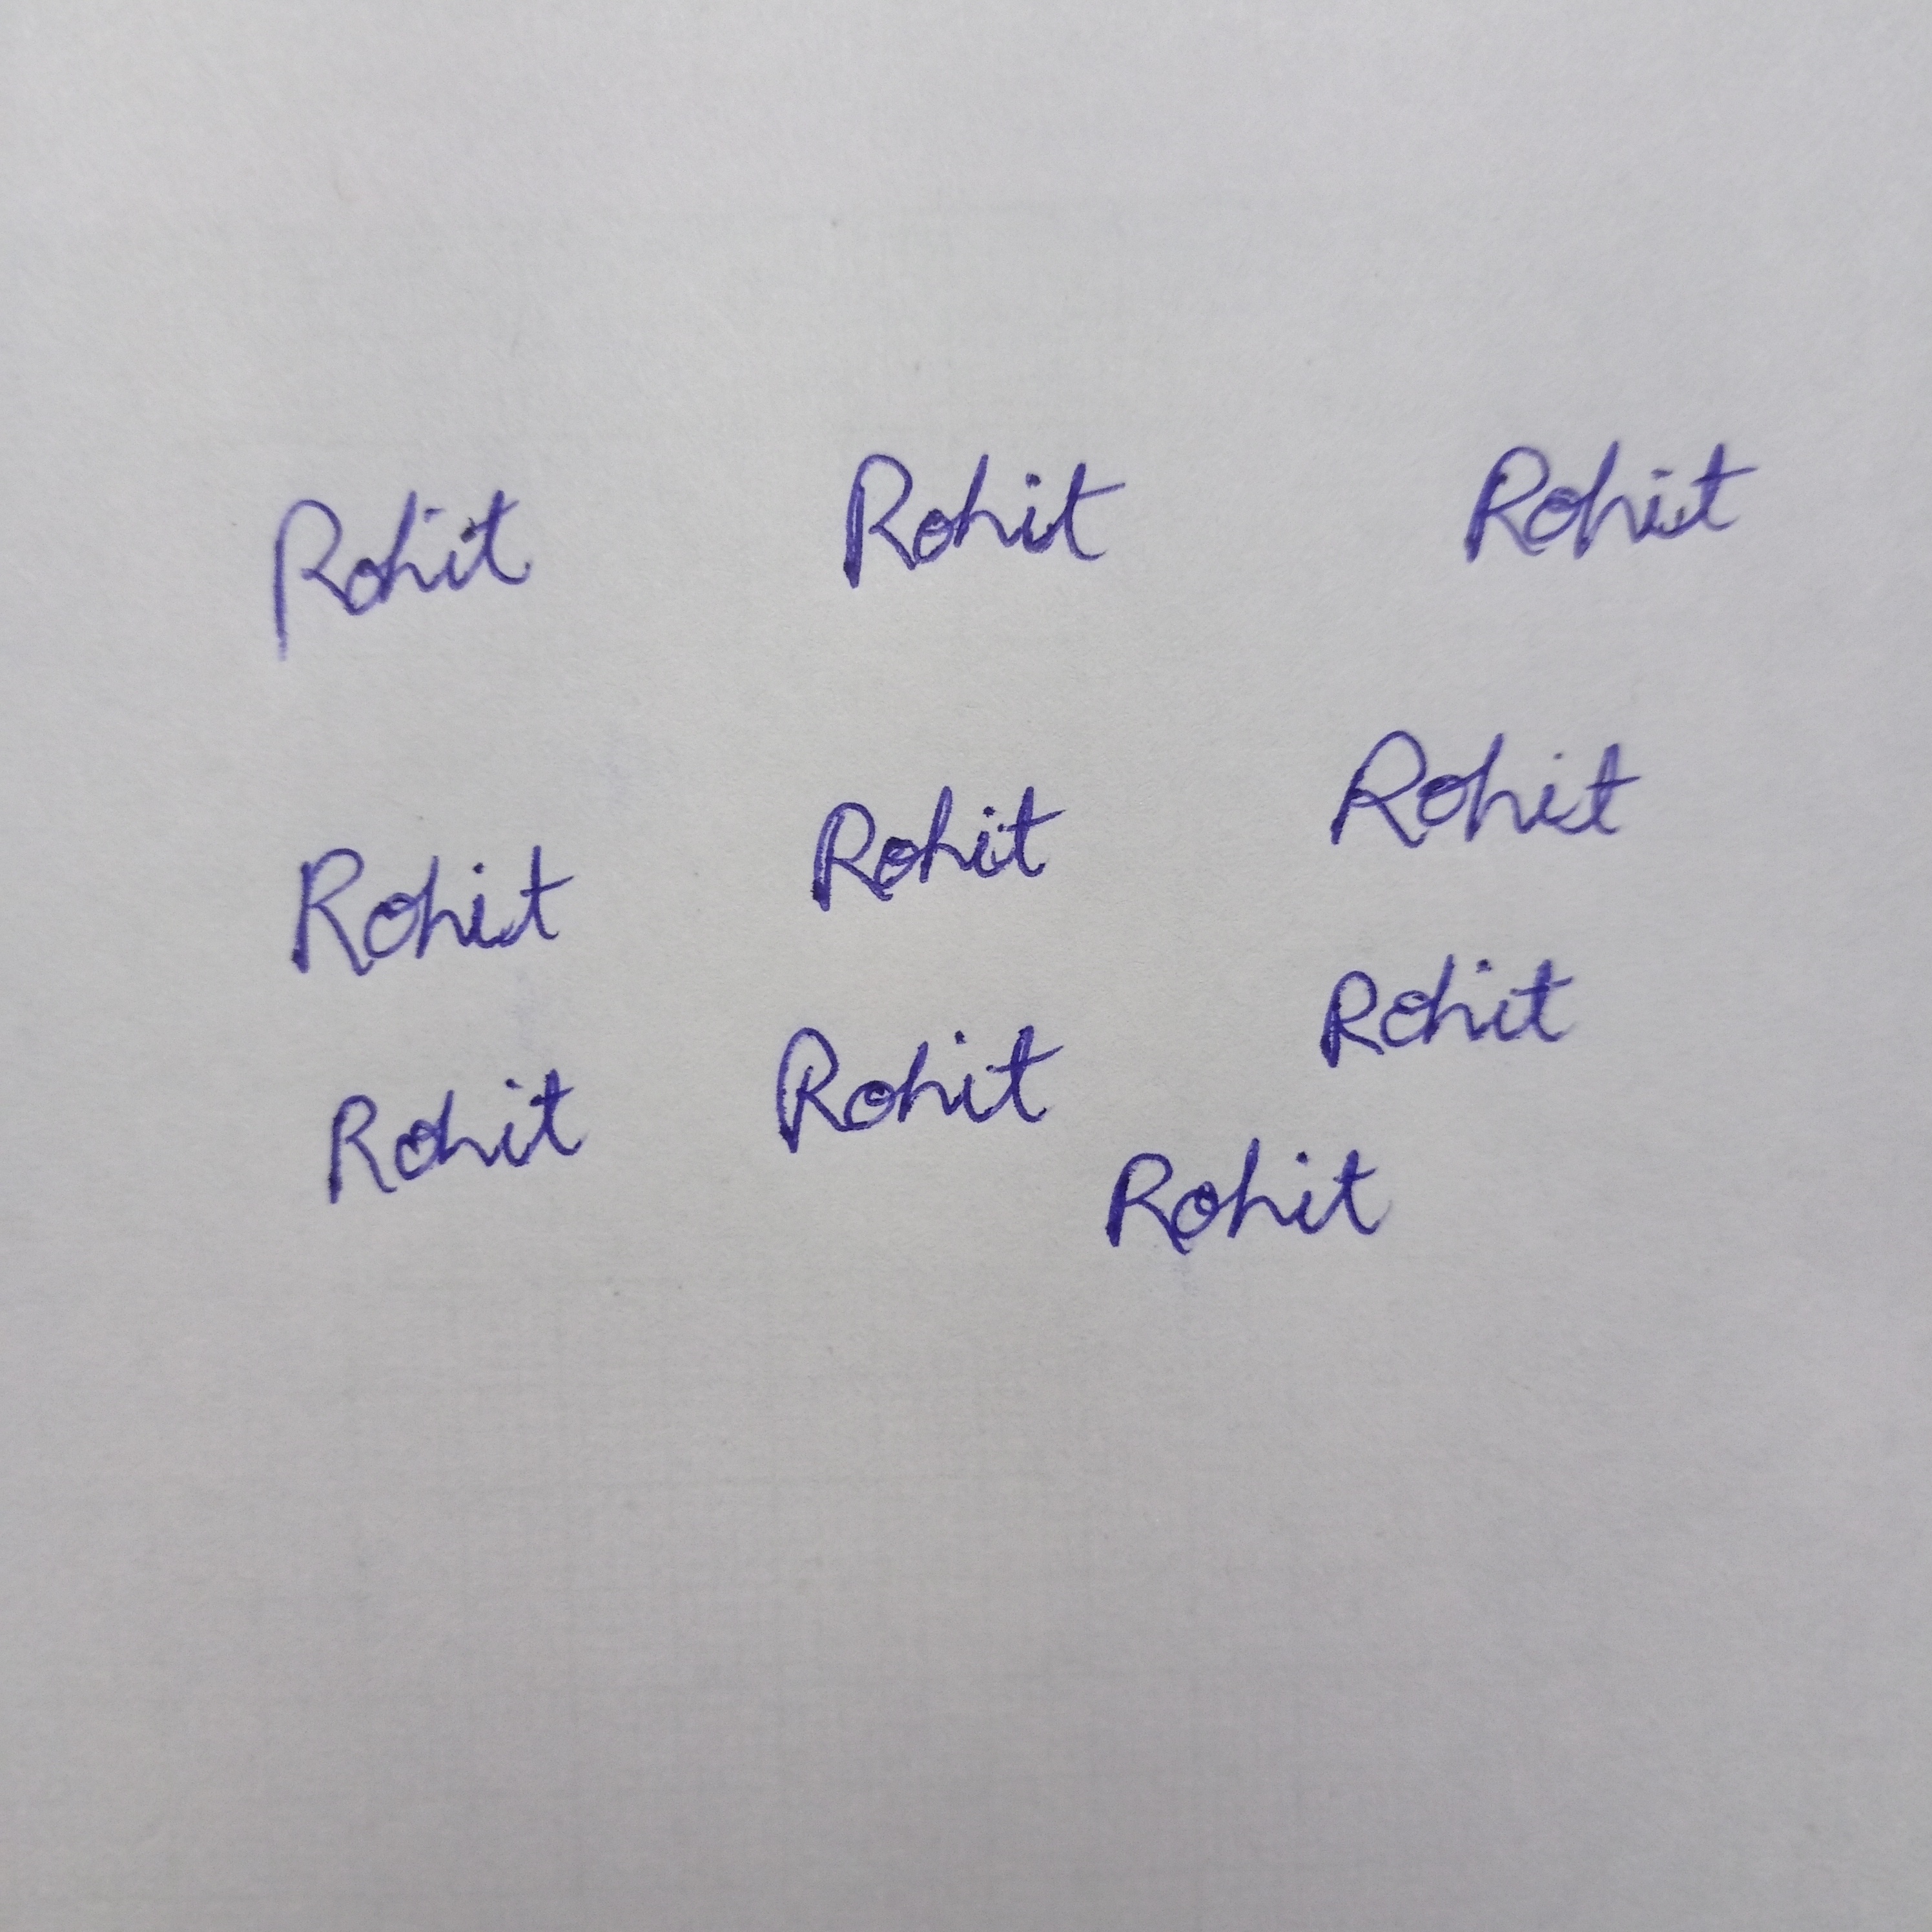
Signature authenticity: genuine